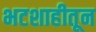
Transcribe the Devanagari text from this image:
भटशाहीतून